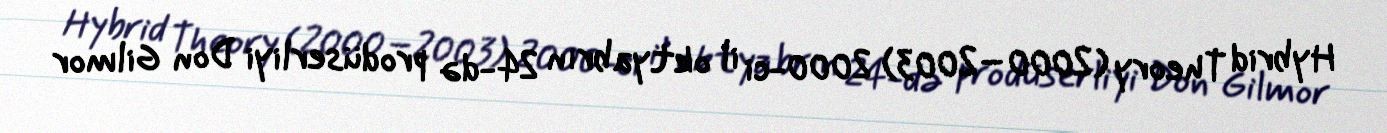
Hybrid Theory (2000–2003) 2000-ci il oktyabrın 24-də prodüserliyi Don Gilmor